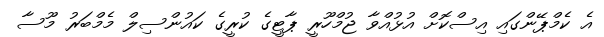
އެ ކެމްޕޭންގައި އިސްކޮށް އުޅުއްވާ ޖުމްހޫރީ ޕާޓީގެ ކުރީގެ ކައުންސިލް މެމްބަރު މޫސާ